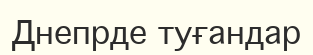
Днепрде туғандар